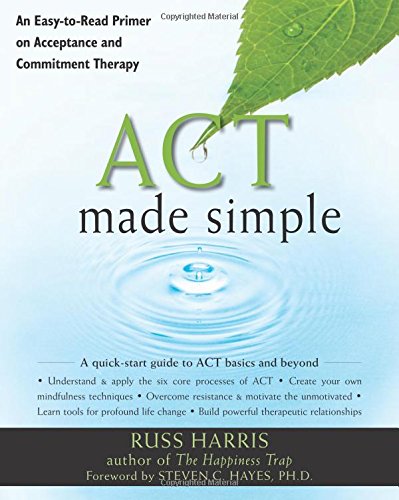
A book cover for ACT Made Simple: An Easy-To-Read Primer on Acceptance and Commitment Therapy (The New Harbinger Made Simple Series); Russ Harris; Medical Books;